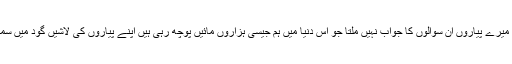
لیکن میرے پیاروں ان سوالوں کا جواب نہیں ملتا جو اس دنیا میں ہم جیسی ہزاروں مائیں پوچھ رہی ہیں اپنے پیاروں کی لاشیں گود میں سمیٹے۔